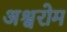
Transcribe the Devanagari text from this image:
अश्वरोम